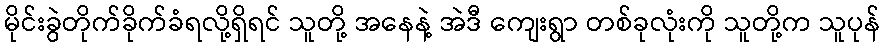
မိုင်းခွဲတိုက်ခိုက်ခံရလို့ရှိရင် သူတို့ အနေနဲ့ အဲဒီ ကျေးရွာ တစ်ခုလုံးကို သူတို့က သူပုန်